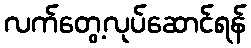
လက်တွေ့လုပ်ဆောင်ရန်